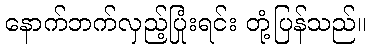
နောက်ဘက်လှည့်ပြုံးရင်း တုံ့ပြန်သည်။